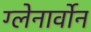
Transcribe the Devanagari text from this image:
ग्लेनार्वोन